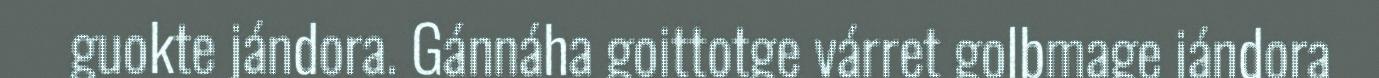
guokte jándora. Gánnáha goittotge várret golbmage jándora